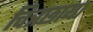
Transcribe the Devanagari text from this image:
चित्रछाया